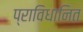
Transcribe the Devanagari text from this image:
प्राविधानित